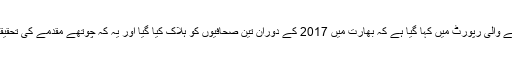
بدھ کے روز جاری ہونے والی رپورٹ میں کہا گیا ہے کہ بھارت میں 2017 کے دوران تین صحافیوں کو ہلاک کیا گیا اور یہ کہ چوتھے مقدمے کی تحقیقات ابھی تک جاری ہیں۔